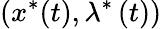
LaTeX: \left(x^{\ast}(t),\lambda^{\ast}\left(t\right)\right)